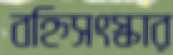
বহ্নিসংস্কার